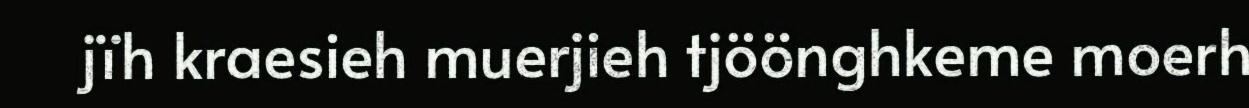
jïh kraesieh muerjieh tjöönghkeme moerh